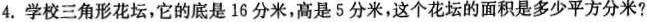
4.学校三角形花坛，它的底是16分米，高是5分米，这个花坛的面积是多少平方分米？